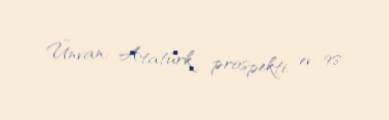
Ünvan: Atatürk prospekti, ev 98